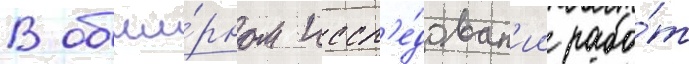
В обши́рном иссл'е́дован'ии рабо́т